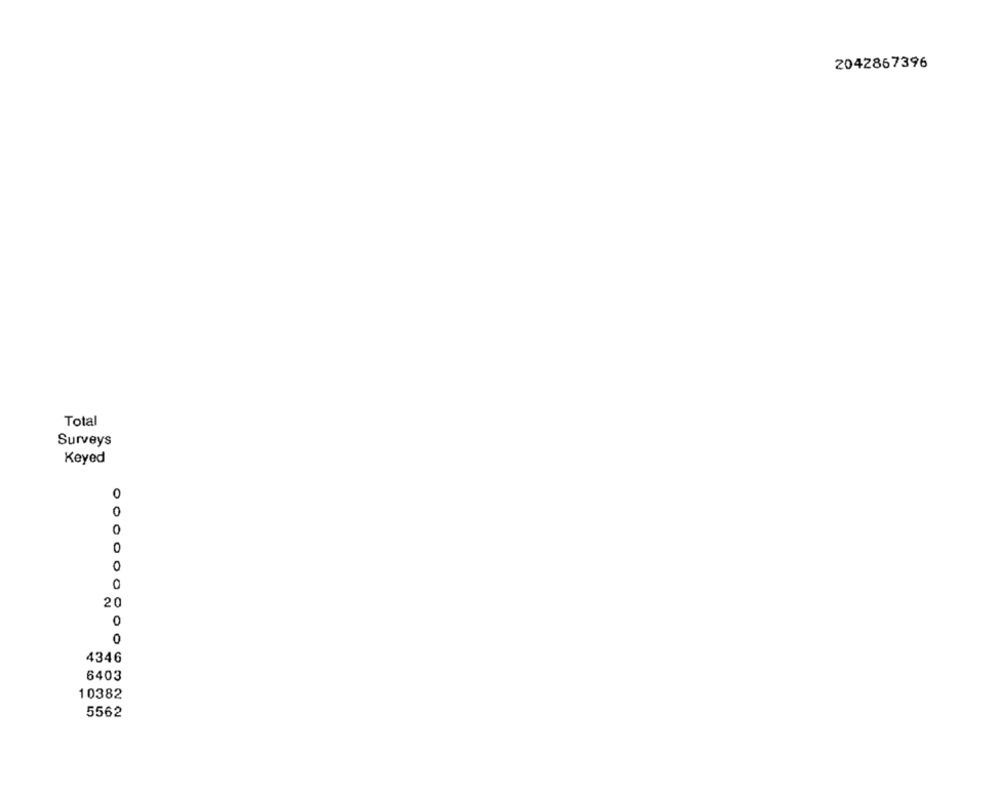
2042867396
Total
Surveys
Keyed
0
0
20
O
0
4346
6403
10382
5562